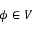
\phi \in V